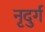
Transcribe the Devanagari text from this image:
नृदुर्ग